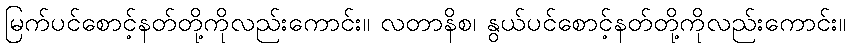
မြက်ပင်စောင့်နတ်တို့ကိုလည်းကောင်း။ လတာနိစ၊ နွယ်ပင်စောင့်နတ်တို့ကိုလည်းကောင်း။